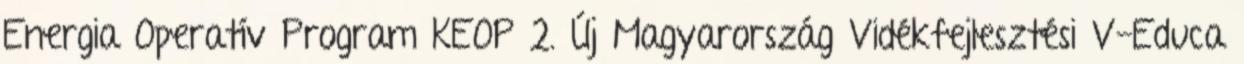
Energia Operatív Program KEOP 2. Új Magyarország Vidékfejlesztési V-Educa